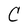
Character: C